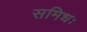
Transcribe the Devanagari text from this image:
समिधः